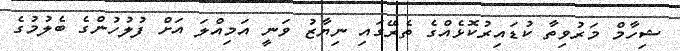
ޝިހާމް މަރުވިތާ ކުޑައިރުކޮޅެއްގެ ތެރޭގައި ނިޔާޒު ވަނީ އަމިއްލަ އަށް ފުލުހުންގެ ބެލުމުގެ